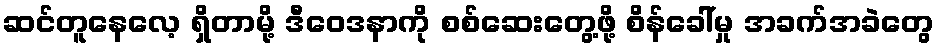
ဆင်တူနေလေ့ ရှိတာမို့ ဒီဝေဒနာကို စစ်ဆေးတွေ့ဖို့ စိန်ခေါ်မှု အခက်အခဲတွေ